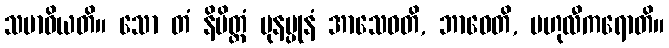
သမာဓိယတိ။ သော တံ နိမိတ္တံ ပုနပ္ပုနံ အာသေဝတိ, ဘာဝေတိ, ဗဟုလီကရောတိ။